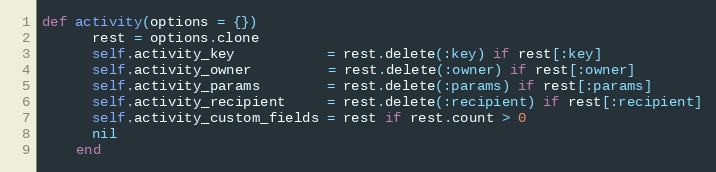
Language: Ruby
def activity(options = {})
      rest = options.clone
      self.activity_key           = rest.delete(:key) if rest[:key]
      self.activity_owner         = rest.delete(:owner) if rest[:owner]
      self.activity_params        = rest.delete(:params) if rest[:params]
      self.activity_recipient     = rest.delete(:recipient) if rest[:recipient]
      self.activity_custom_fields = rest if rest.count > 0
      nil
    end